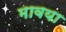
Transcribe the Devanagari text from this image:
मावया